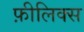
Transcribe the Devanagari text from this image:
फ़ीलिक्स